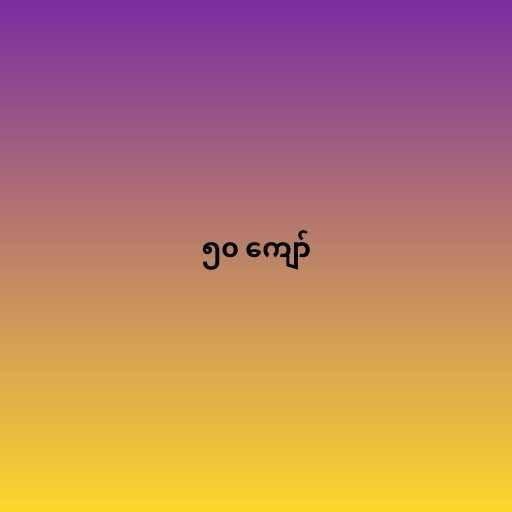
၅၀ ကျော်